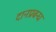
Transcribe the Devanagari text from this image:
दानप्रबन्ध